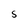
Character: S